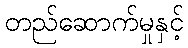
တည်ဆောက်မှုနှင့်